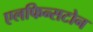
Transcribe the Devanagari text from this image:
एलफिन्सटोन